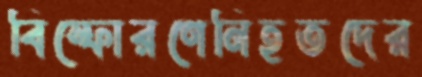
বিস্ফোরণেনিহতদের